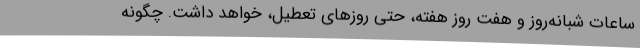
ساعات شبانه‌روز و هفت روز هفته، حتی روزهای تعطیل، خواهد داشت. چگونه